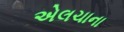
એલચાના